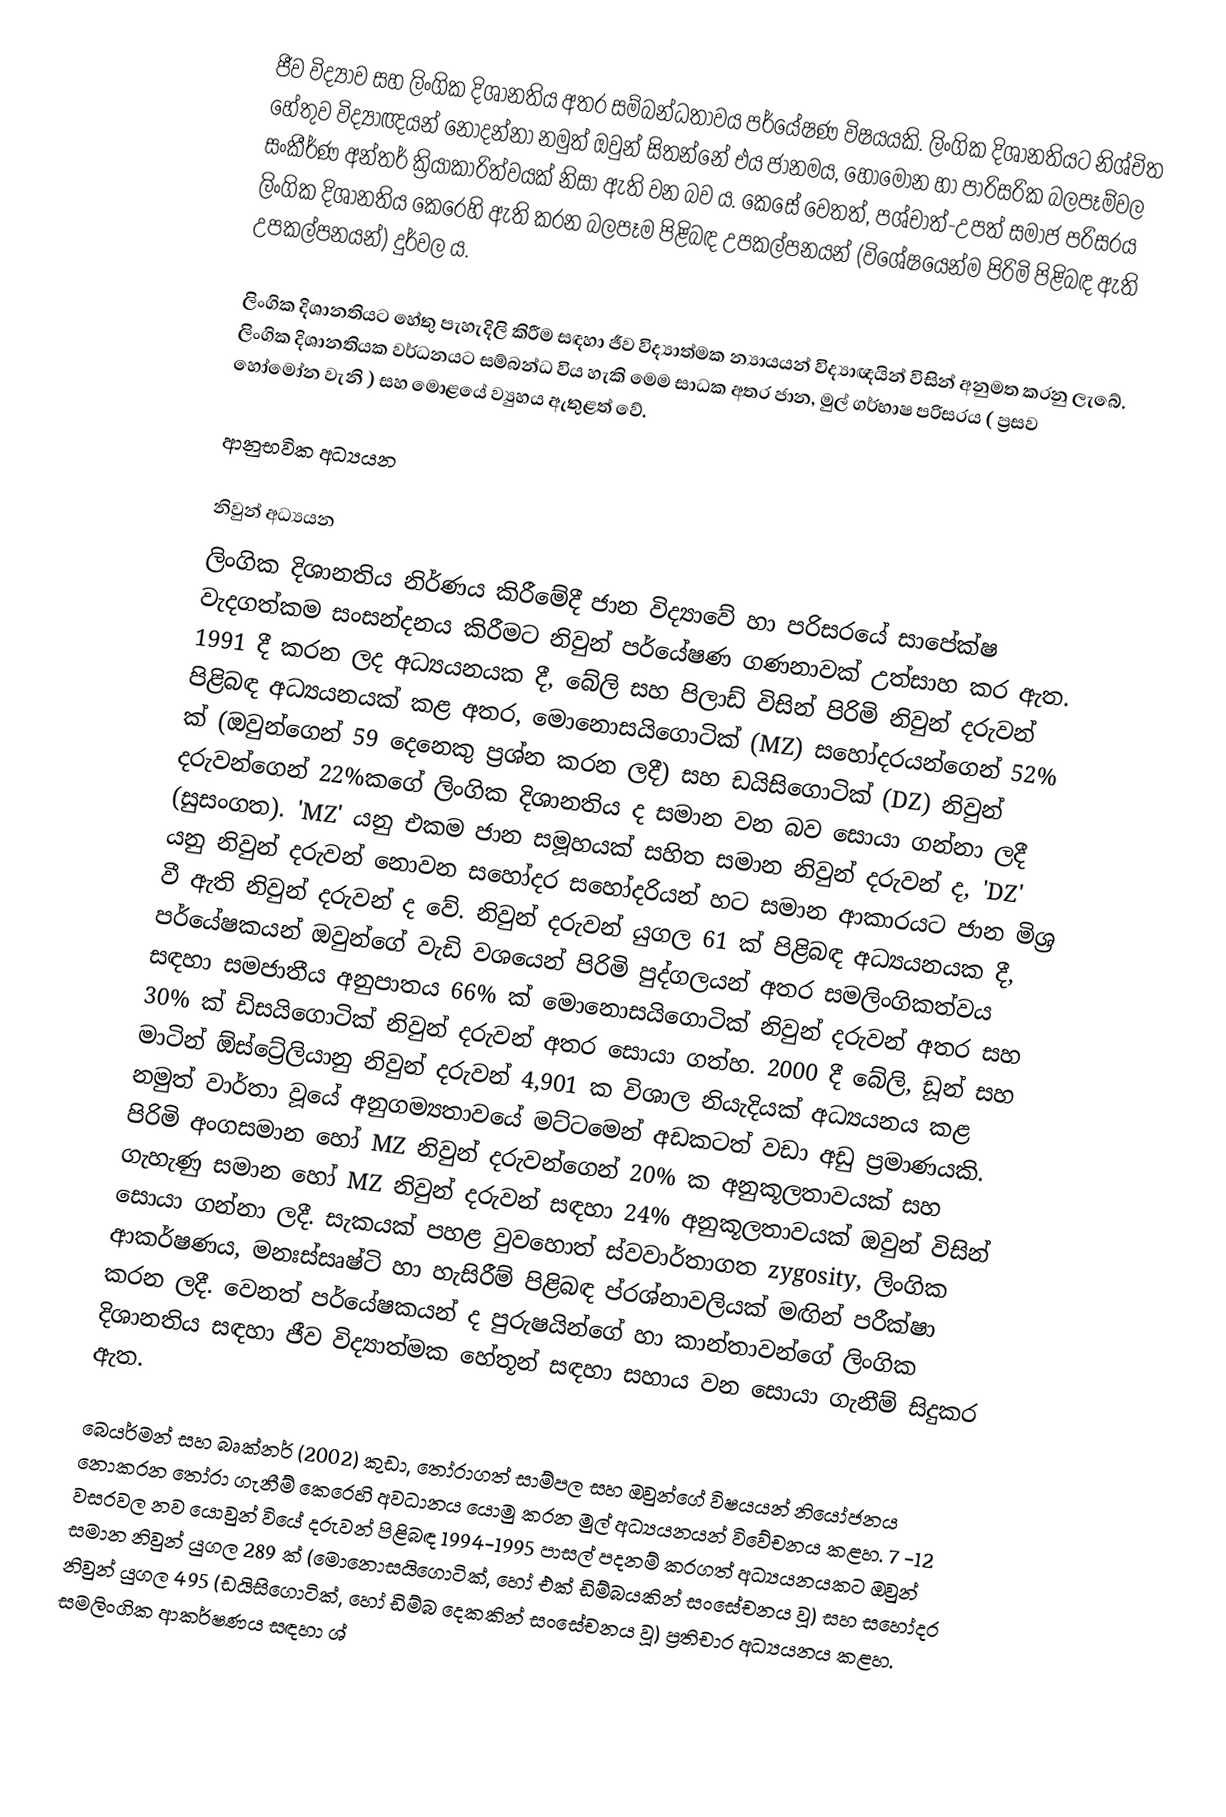
ජීව විද්‍යාව සහ ලිංගික දිශානතිය අතර සම්බන්ධතාවය පර්යේෂණ විෂයයකි. ලිංගික දිශානතියට නිශ්චිත හේතුව විද්‍යාඥයන් නොදන්නා නමුත් ඔවුන් සිතන්නේ එය ජානමය, හෝමෝන හා පාරිසරික බලපෑම්වල සංකීර්ණ අන්තර් ක්‍රියාකාරිත්වයක් නිසා ඇති වන බව ය.    කෙසේ වෙතත්, පශ්චාත්-උපත් සමාජ පරිසරය ලිංගික දිශානතිය කෙරෙහි ඇති කරන බලපෑම පිළිබඳ උපකල්පනයන් (විශේෂයෙන්ම පිරිමි පිළිබඳ ඇති උපකල්පනයන්) දුර්වල ය.

ලිංගික දිශානතියට හේතු පැහැදිලි කිරීම සඳහා ජීව විද්‍යාත්මක න්‍යායයන් විද්‍යාඥයින් විසින් අනුමත කරනු ලැබේ.  ලිංගික දිශානතියක වර්ධනයට සම්බන්ධ විය හැකි මෙම සාධක අතර ජාන, මුල් ගර්භාෂ පරිසරය ( ප්‍රසව හෝමෝන වැනි ) සහ මොළයේ ව්‍යුහය ඇතුළත් වේ.

ආනුභවික අධ්‍යයන

නිවුන් අධ්‍යයන
ලිංගික දිශානතිය නිර්ණය කිරීමේදී ජාන විද්‍යාවේ හා පරිසරයේ සාපේක්ෂ වැදගත්කම සංසන්දනය කිරීමට නිවුන් පර්යේෂණ ගණනාවක් උත්සාහ කර ඇත. 1991 දී කරන ලද අධ්‍යයනයක දී, බේලි සහ පිලාඩ් විසින් පිරිමි නිවුන් දරුවන් පිළිබඳ අධ්‍යයනයක් කළ අතර, මොනොසයිගොටික් (MZ) සහෝදරයන්ගෙන් 52% ක් (ඔවුන්ගෙන් 59 දෙනෙකු ප්‍රශ්න කරන ලදී) සහ ඩයිසිගොටික් (DZ) නිවුන් දරුවන්ගෙන් 22%කගේ ලිංගික දිශානතිය ද සමාන වන බව සොයා ගන්නා ලදී (සුසංගත).  'MZ' යනු එකම ජාන සමූහයක් සහිත සමාන නිවුන් දරුවන් ද, 'DZ' යනු නිවුන් දරුවන් නොවන සහෝදර සහෝදරියන් හට සමාන ආකාරයට ජාන මිශ්‍ර වී ඇති  නිවුන් දරුවන් ද වේ. නිවුන් දරුවන් යුගල 61 ක් පිළිබඳ අධ්‍යයනයක දී, පර්යේෂකයන් ඔවුන්ගේ වැඩි වශයෙන් පිරිමි පුද්ගලයන් අතර සමලිංගිකත්වය සඳහා සමජාතීය අනුපාතය 66% ක් මොනොසයිගොටික් නිවුන් දරුවන් අතර සහ 30% ක් ඩිසයිගොටික් නිවුන් දරුවන් අතර සොයා ගත්හ.  2000 දී බේලි, ඩූන් සහ මාටින් ඕස්ට්‍රේලියානු නිවුන් දරුවන් 4,901 ක විශාල නියැදියක් අධ්‍යයනය කළ නමුත් වාර්තා වූයේ අනුගම්‍යතාවයේ මට්ටමෙන් අඩකටත් වඩා අඩු ප්‍රමාණයකි.  පිරිමි අංගසමාන හෝ MZ නිවුන් දරුවන්ගෙන් 20% ක අනුකූලතාවයක් සහ ගැහැණු සමාන හෝ MZ නිවුන් දරුවන් සඳහා 24% අනුකූලතාවයක් ඔවුන් විසින් සොයා ගන්නා ලදී. සැකයක් පහළ වුවහොත් ස්වවාර්තාගත zygosity, ලිංගික ආකර්ෂණය, මනඃස්සෘෂ්ටි හා හැසිරීම් පිළිබඳ ප්රශ්නාවලියක්  මඟින් පරීක්ෂා කරන ලදී. වෙනත් පර්යේෂකයන් ද පුරුෂයින්ගේ හා කාන්තාවන්ගේ ලිංගික දිශානතිය සඳහා ජීව විද්‍යාත්මක හේතූන් සඳහා සහාය වන සොයා ගැනීම් සිදුකර ඇත.

බෙයර්මන් සහ බෘක්නර් (2002) කුඩා, තෝරාගත් සාම්පල  සහ ඔවුන්ගේ විෂයයන් නියෝජනය නොකරන තෝරා ගැනීම් කෙරෙහි අවධානය යොමු කරන මුල් අධ්‍යයනයන් විවේචනය කළහ.  7 -12 වසරවල නව යොවුන් වියේ දරුවන් පිළිබඳ 1994-1995 පාසල් පදනම් කරගත් අධ්‍යයනයකට ඔවුන් සමාන නිවුන් යුගල 289 ක් (මොනොසයිගොටික්, හෝ එක් ඩිම්බයකින් සංසේචනය වූ) සහ සහෝදර නිවුන් යුගල 495 (ඩයිසිගොටික්, හෝ ඩිම්බ දෙකකින් සංසේචනය වූ) ප්‍රතිචාර අධ්‍යයනය කළහ. සමලිංගික ආකර්ෂණය සඳහා ශ්